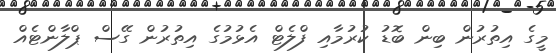
މީގެ އިތުރުން ބިން ބޮޑު ކުރުމާއި ފްލެޓް އެޅުމުގެ އިތުރުން ގޭސް ޕްލާންޓެއް